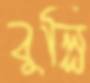
বুল্লি